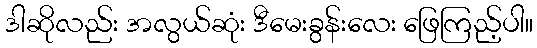
ဒါဆိုလည်း အလွယ်ဆုံး ဒီမေးခွန်းလေး ဖြေကြည့်ပါ။